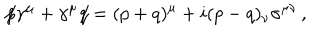
LaTeX: \not { \! p } \gamma ^ { \mu } + \gamma ^ { \mu } \! \! \not { \! q } = ( p + q ) ^ { \mu } + i ( p - q ) _ { \nu } \sigma ^ { \mu \nu } \, ,